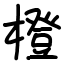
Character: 橙